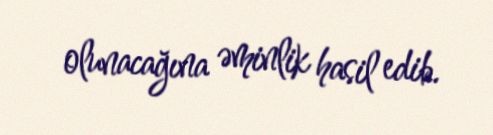
olunacağına əminlik hasil edib.